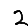
Digit: 2